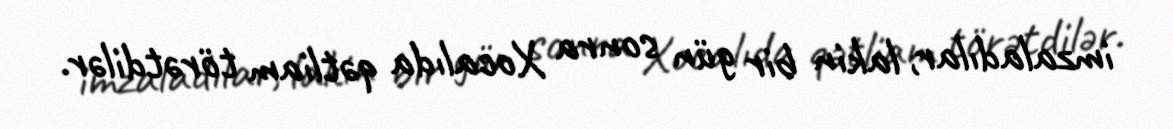
imzaladılar, lakin bir gün sonra Xocalıda qətliam törətdilər.